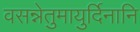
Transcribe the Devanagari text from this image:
वसन्नेतुमायुर्दिनानि